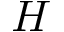
H